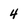
Character: 4